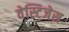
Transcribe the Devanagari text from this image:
वेस्टिजेस